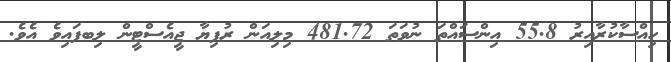
ހިއްސާކުރާއިރު 55.8 އިންސައްތަ ނުވަތަ 481.72 މިލިއަން ރުފިޔާ ޖީއެސްޓީން ލިބފައިވެ އެވެ.